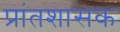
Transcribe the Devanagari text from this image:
प्रांतशासक